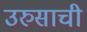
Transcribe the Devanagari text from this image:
उरुसाची